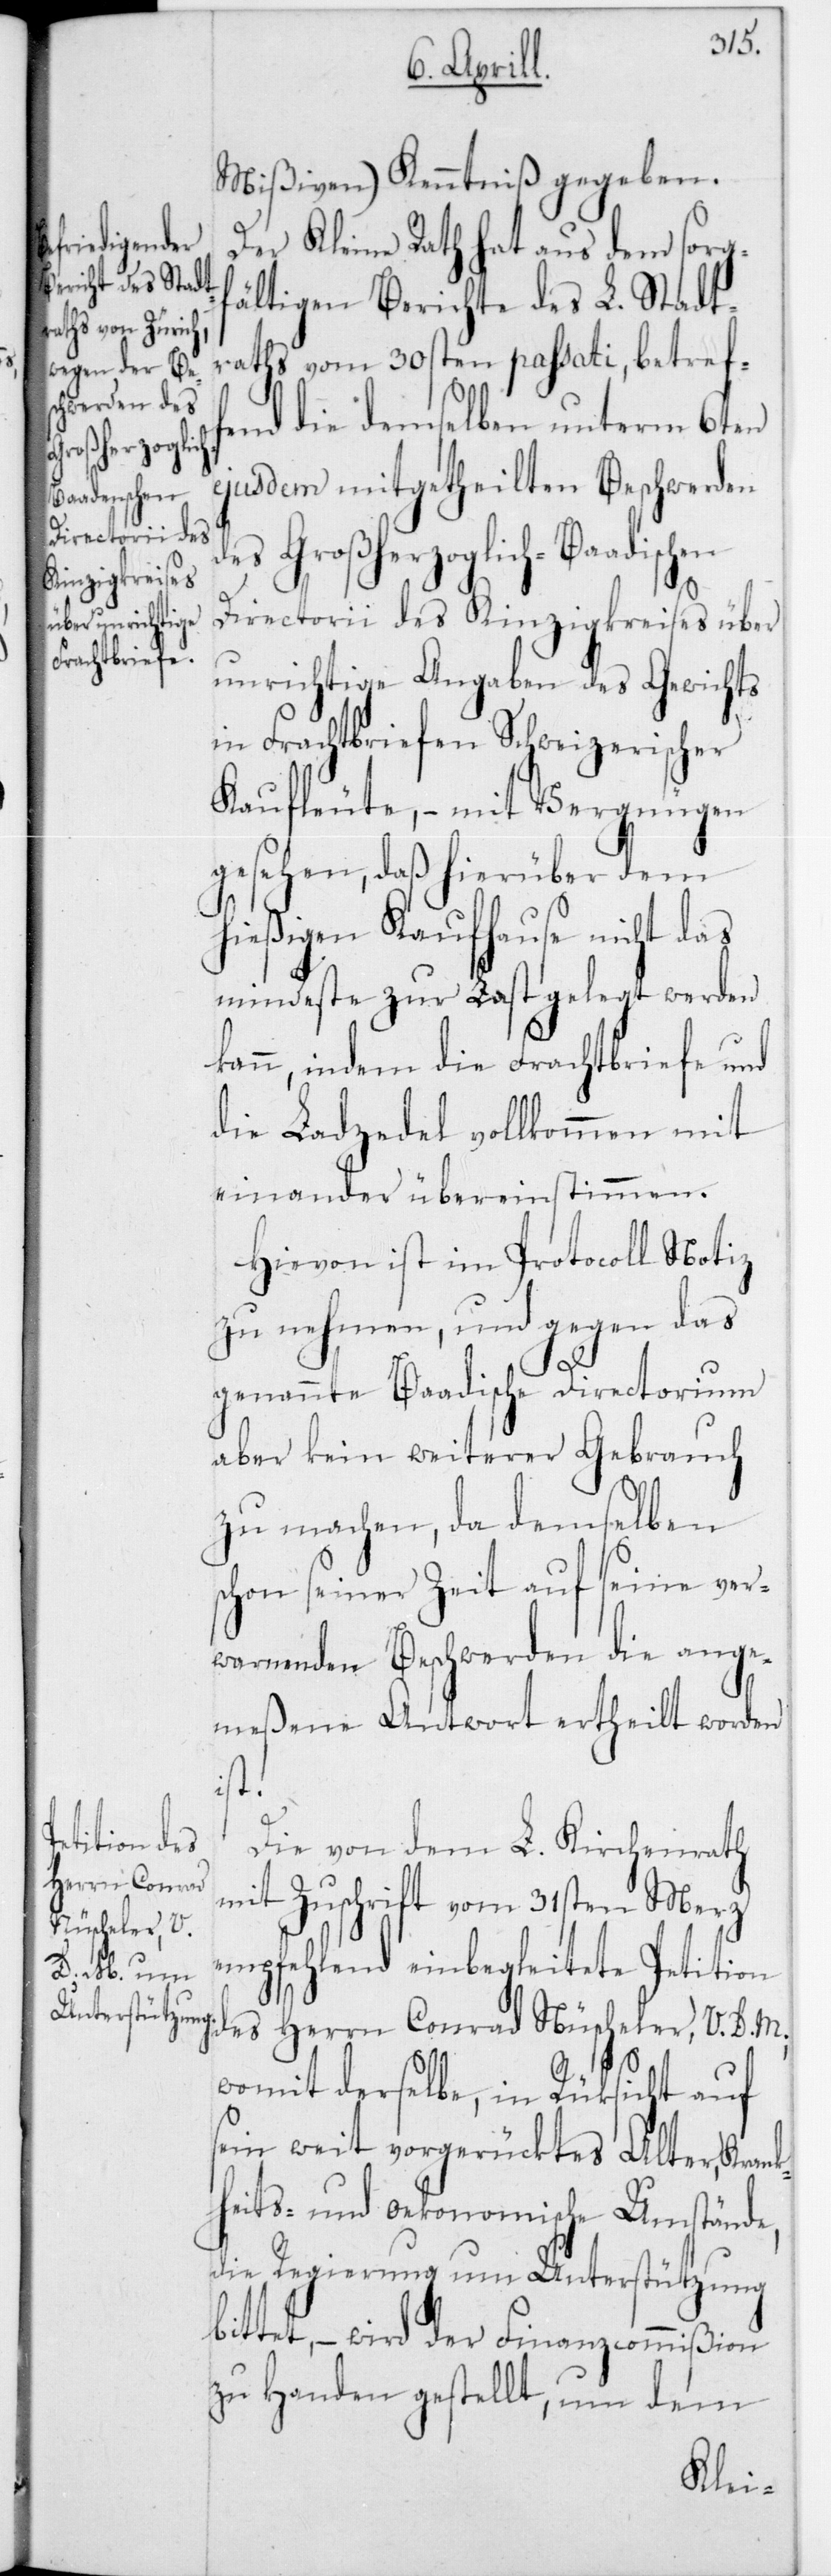
Mißiven) Kenntniß gegeben.
Der Kleine Rath hat aus dem sorgf¬
ältigen Berichte des L. Stadt¬
raths vom 30sten passati, betreff¬
end die demselben unterm 6ten
ejusdem mitgetheilten Beschwerden
des Großherzoglich-Baadischen
Directorii des Kinzigkreises über
unrichtige Angaben des Gewichts
in Frachtbriefen Schweizerischer
Kaufleute, – mit Vergnügen
gesehen, daß hierüber dem
hießigen Kaufhause nicht das
mindeste zur Last gelegt werden
kann, indem die Frachtbriefe und
die Ladzedel vollkommen mit
einander übereinstimmen.
Hiervon ist im Protocoll Notiz
zu nehmen, und gegen das
genannte Baadische Directorium
aber kein weiterer Gebrauch
zu machen, da demselben
chon seiner Zeit auf seine ver¬
warnenden Beschwerden die ange¬
meßene Antwort ertheilt worden
ist.
Die von dem L. Kirchenrath
mit Zuschrift vom 31sten Merz
empfehlend einbegleitete Petition
des Herrn Conrad Nüscheler, V. D. M.,
womit derselbe in Rücksicht auf
sein weit vorgerücktes Alter, Kran¬
kheits- und oekonomische Umstände,
die Regierung um Unterstützung
bittet, – wird der Finanzcommißion
zu Handen gestellt, um dem